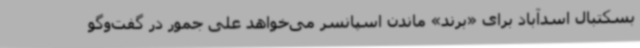
بسکتبال اسدآباد برای «برند» ماندن اسپانسر می‌خواهد علی جمور در گفت‌وگو